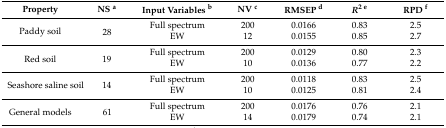
<table><thead><tr><td><b>Property</b></td><td><b>NS <sup>a</sup></b></td><td><b>Input Variables <sup>b</sup></b></td><td><b>NV <sup>c</sup></b></td><td><b>RMSEP <sup>d</sup></b></td><td><b><i>R</i><sup>2 e</sup></b></td><td><b>RPD <sup>f</sup></b></td></tr></thead><tbody><tr><td rowspan="2">Paddy soil</td><td rowspan="2">28</td><td>Full spectrum</td><td>200</td><td>0.0166</td><td>0.83</td><td>2.5</td></tr><tr><td>EW</td><td>12</td><td>0.0155</td><td>0.85</td><td>2.7</td></tr><tr><td rowspan="2">Red soil</td><td rowspan="2">19</td><td>Full spectrum</td><td>200</td><td>0.0129</td><td>0.80</td><td>2.3</td></tr><tr><td>EW</td><td>10</td><td>0.0136</td><td>0.77</td><td>2.2</td></tr><tr><td rowspan="2">Seashore saline soil</td><td rowspan="2">14</td><td>Full spectrum</td><td>200</td><td>0.0118</td><td>0.83</td><td>2.5</td></tr><tr><td>EW</td><td>10</td><td>0.0125</td><td>0.81</td><td>2.4</td></tr><tr><td rowspan="2">General models</td><td rowspan="2">61</td><td>Full spectrum</td><td>200</td><td>0.0176</td><td>0.76</td><td>2.1</td></tr><tr><td>EW</td><td>14</td><td>0.0179</td><td>0.74 </td><td>2.1</td></tr></tbody></table>